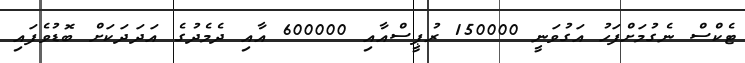
ޓެކްސް ނެގުމަށްފަހު އަގުވަނީ 150000 ރުޕީސްއާއި 600000 އާއި ދެމެދުގެ އަދަދަކަށް ބޮޑުވެފައި